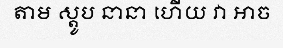
តាម ស្តូប នានា ហើយ វា អាច